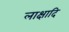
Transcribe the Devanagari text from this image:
लाक्षादि